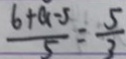
\frac { 6 + a - 5 } { 5 } = \frac { 5 } { 2 }